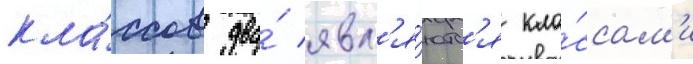
кла́ссов два́ явл'я́ютс'я кла́ссам'и